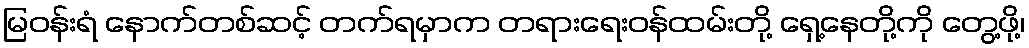
မြဝန်းရံ နောက်တစ်ဆင့် တက်ရမှာက တရားရေးဝန်ထမ်းတို့ ရှေ့နေတို့ကို တွေ့ဖို့၊